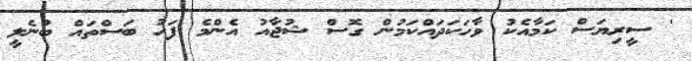
' ސީރިޔަސް ކަމާއެކު ވާހަކަދައްކަމުން ގޮސް ޝުޖާއު އެންމެ ފަހު ބަސްތައް ބުނެލީ